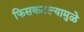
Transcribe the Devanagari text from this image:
फिसकटल्यामुळे